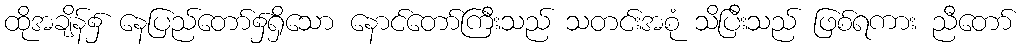
ထိုအချိန်၌ နေပြည်တော်၌ရှိသော နောင်တော်ကြီးသည် သတင်းအစုံ သိပြီးသည် ဖြစ်ရကား ညီတော်